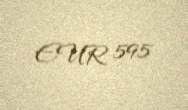
EUR 595